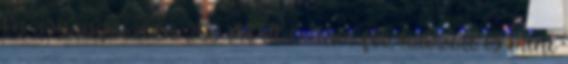
Én ásványvízben 250 ml oldottam fel, habzott is mint